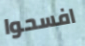
افسحوا